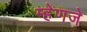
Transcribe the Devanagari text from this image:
म्हेणजे